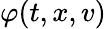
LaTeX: \varphi(t,x,v)